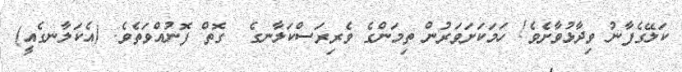
ކަލޭގެފާނު ވިދާޅުވާށެވެ! ހަމަކަށަވަރުން ތިމަންގެ ވެރިރަސްކަލާނގެ  ގޮތް ފޮނުއްވަތެވެ. (އެކަލާނގެއީ)